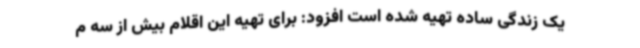
یک زندگی ساده تهیه شده است افزود: برای تهیه این اقلام بیش از سه م